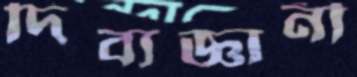
দিব্যজ্ঞানী